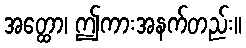
အတ္ထော၊ ဤကားအနက်တည်း။